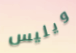
ويليس